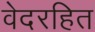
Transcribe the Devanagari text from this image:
वेदरहित